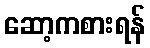
ဆော့ကစားရန်